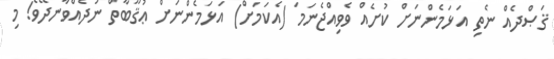
ޤަޞްދެއް ނެތި އަޅަމެންނަށް ކުށެއް ވެވިއްޖެނަމަ (އެކަމަށް) އަޅަމެންނަށް ޢުޤޫބާތް ނުދެއްވާނދޭވެ! މި